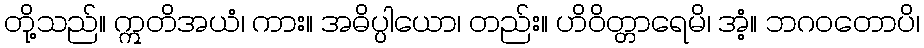
တို့သည်။ ဣတိအယံ၊ ကား။ အဓိပ္ပါယော၊ တည်း။ ဟိဝိတ္တာရေမိ၊ အံ့။ ဘဂဝတောပိ၊